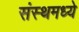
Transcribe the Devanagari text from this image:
संस्थमध्ये